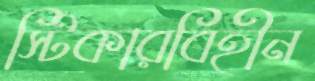
স্টিকারবিহীন